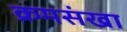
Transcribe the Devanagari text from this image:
क्रमसंखा